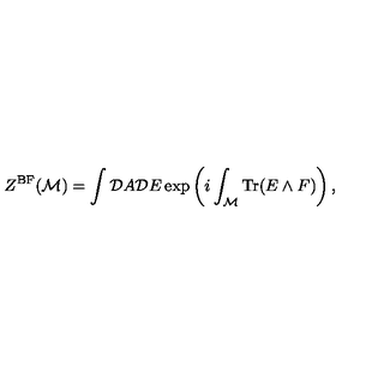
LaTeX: Z ^ { \mathrm { B F } } ( { \cal M } ) = \int { \cal D } A { \cal D } E \exp \left( i \int _ { \cal M } \mathrm { T r } ( E \wedge F ) \right) ,